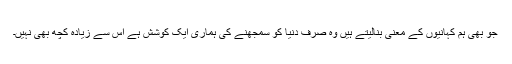
جو بھی ہم کہانیوں کے معنی بنالیتے ہیں وہ صرف دنیا کو سمجھنے کی ہماری ایک کوشش ہے اس سے زیادہ کچھ بھی نہیں۔